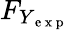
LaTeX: F_{Y_{\mathrm{~e~x~p~}}}